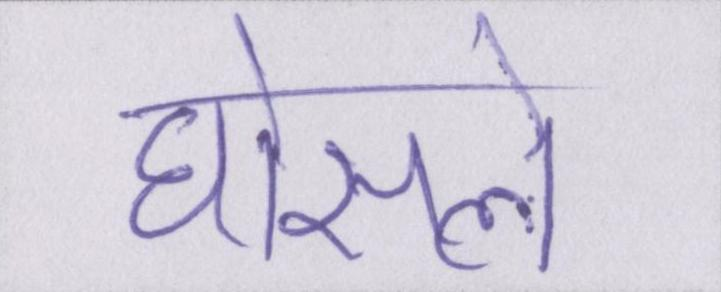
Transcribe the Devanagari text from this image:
घोसले